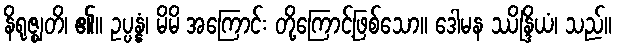
နိရုဇ္ဈတိ၊ ၏။ ဥပ္ပန္နံ၊ မိမိ အကြောင်း တို့ကြောင့်ဖြစ်သော။ ဒေါမန ဿိန္ဒြိယံ၊ သည်။